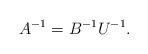
LaTeX: \begin{align*}A^{-1} = B^{-1} U^{-1}.\end{align*}